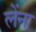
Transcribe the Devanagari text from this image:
लेंना